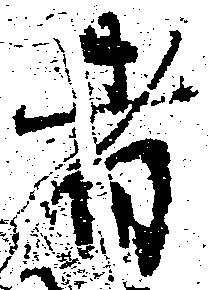
者